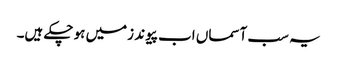
یہ سب آسماں اب پیوند زمیں ہو چکے ہیں۔